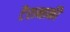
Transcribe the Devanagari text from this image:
टैरानाकी